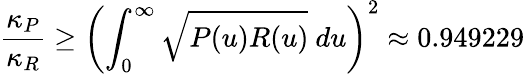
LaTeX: \frac{\kappa_{P}}{\kappa_{R}}\geq\left(\int_{0}^{\infty}\sqrt{P(u)R(u)}~du\right)^{2}\approx 0.949229